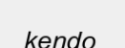
kendo